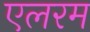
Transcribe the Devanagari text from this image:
एलरम